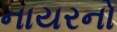
નાયરનો